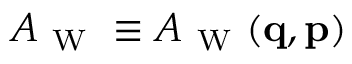
A _ { \mathrm { ~ W ~ } } \equiv A _ { \mathrm { ~ W ~ } } ( \ensuremath { \mathbf { q } } , \ensuremath { \mathbf { p } } )